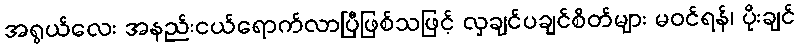
အရွယ်လေး အနည်းငယ်ရောက်လာပြီဖြစ်သဖြင့် လှချင်ပချင်စိတ်များ မဝင်ရန်၊ ပိုးချင်